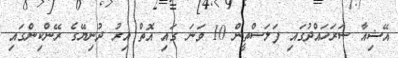
އޭޝިއާ ސަރަހައްދުގައި ފަލަސްތީން 10 ވަނަ ގައި އޮތް އިރު ދުނިޔޭގެ ރޭންކިންގައި